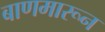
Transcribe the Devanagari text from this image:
बाणमारून